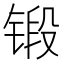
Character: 锻